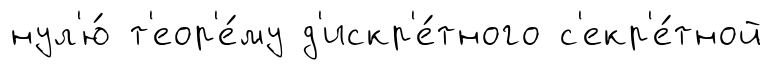
нул'ю́ т'еор'е́му д'искр'е́тного с'екр'е́тной